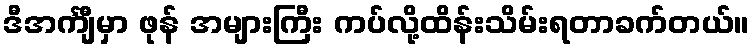
ဒီအင်္ကျီမှာ ဖုန် အများကြီး ကပ်လို့ထိန်းသိမ်းရတာခက်တယ်။